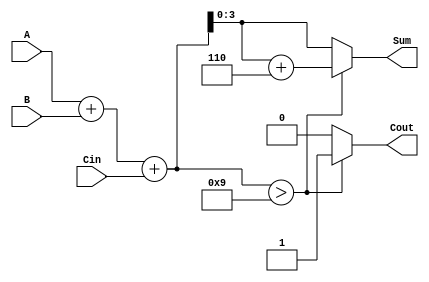
module BCD_Asynchronous_Adder (
    input  [3:0] A,      // First BCD digit
    input  [3:0] B,      // Second BCD digit
    input        Cin,     // Input carry
    output reg [3:0] Sum, // BCD sum output
    output reg Cout       // Output carry
);

    // Internal wire for preliminary sum
    wire [4:0] preliminary_sum; // 5 bits to accommodate carry

    // Preliminary addition (A + B + Cin)
    assign preliminary_sum = A + B + Cin;

    always @* begin
        // Initialize outputs
        Sum = 4'b0000;
        Cout = 1'b0;

        // Check if the preliminary sum exceeds BCD limit (greater than 9)
        if (preliminary_sum > 9) begin
            // Apply correction by adding 6
            Sum = preliminary_sum + 5'b00110; // Add 6 in binary
            Cout = 1'b1; // Set carry out
        end else begin
            // No correction needed, direct assignment
            Sum = preliminary_sum[3:0]; // Use the lower 4 bits
            Cout = 1'b0; // No carry out
        end
    end

endmodule